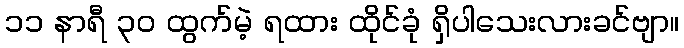
၁၁ နာရီ ၃၀ ထွက်မဲ့ ရထား ထိုင်ခုံ ရှိပါသေးလားခင်ဗျာ။